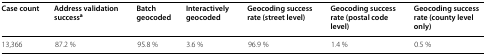
| Case count | Address validation successa | Batch geocoded | Interactively geocoded | Geocoding success rate (street level) | Geocoding success rate (postal code level) | Geocoding success rate (county level only) |
 | --- | --- | --- | --- | --- | --- | --- |
 | 13,366 | 87.2 % | 95.8 % | 3.6 % | 96.9 % | 1.4 % | 0.5 % |